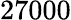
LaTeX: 27000